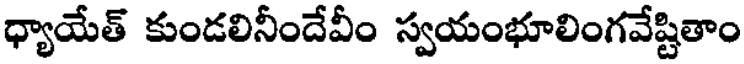
ధ్యాయేత్ కుండలినీందేవీం స్వయంభూలింగవేష్టితాం